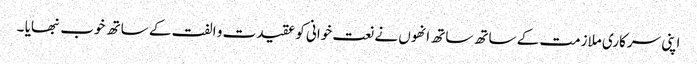
اپنی سرکاری ملازمت کے ساتھ ساتھ انھوں نے نعت خوانی کو عقیدت و الفت کے ساتھ خوب نبھایا ۔